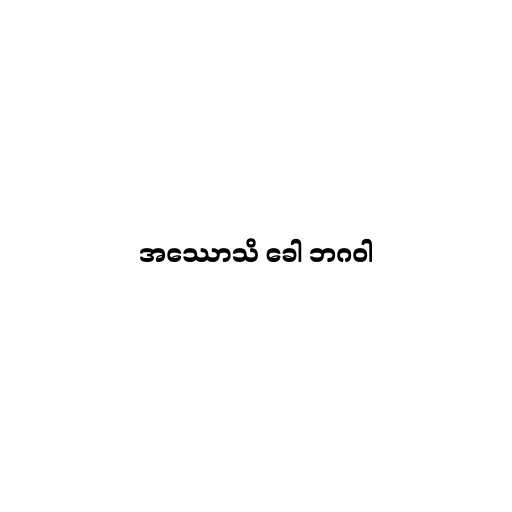
အဿောသိ ခေါ ဘဂဝါ